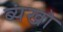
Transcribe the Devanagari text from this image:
ब्यंखो